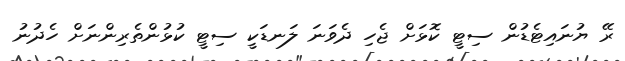
ރޭ ޔުނައިޓެޑުން ސިޓީ ކޮޅަށް ޖެހި ދެވަނަ ލަނޑަކީ ސިޓީ ކުޅުންތެރިންނަށް ހެދުނު